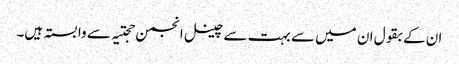
ان کے بقول ان میں سے بہت سے چینل انجمن حجتیہ سے وابستہ ہیں۔